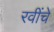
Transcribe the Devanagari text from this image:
रवींचे